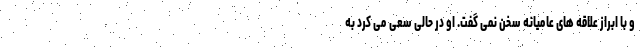
و با ابراز علاقه های عامیانه سخن نمی گفت. او در حالی سعی می کرد به